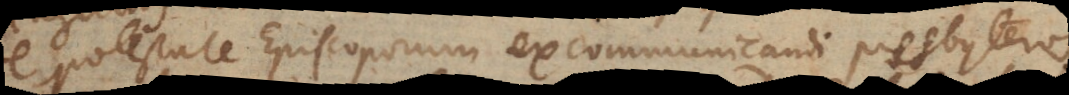
de potestate Episcoporum excommunicandi presbyteros,